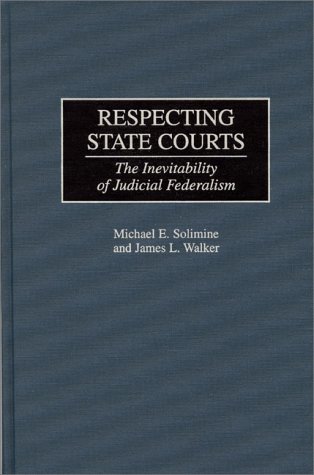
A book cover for Respecting State Courts: The Inevitability of Judicial Federalism (Contributions in Legal Studies); Michael E. Solimine; Law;